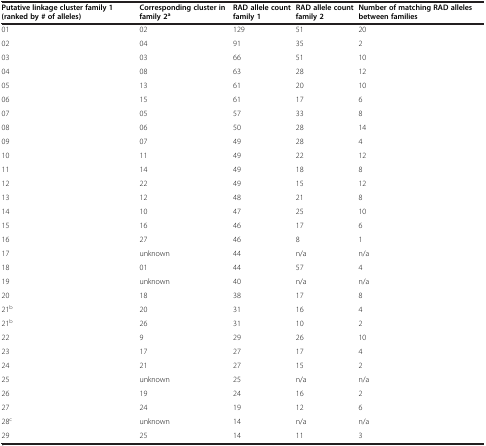
<table><thead><tr><td><b>Putative linkage cluster family 1 (ranked by # of alleles)</b></td><td><b>Corresponding cluster in family 2<sup>a</sup></b></td><td><b>RAD allele count family 1</b></td><td><b>RAD allele count family 2</b></td><td><b>Number of matching RAD alleles between families</b></td></tr></thead><tbody><tr><td>01</td><td>02</td><td>129</td><td>51</td><td>20</td></tr><tr><td>02</td><td>04</td><td>91</td><td>35</td><td>2</td></tr><tr><td>03</td><td>03</td><td>66</td><td>51</td><td>10</td></tr><tr><td>04</td><td>08</td><td>63</td><td>28</td><td>12</td></tr><tr><td>05</td><td>13</td><td>61</td><td>20</td><td>10</td></tr><tr><td>06</td><td>15</td><td>61</td><td>17</td><td>6</td></tr><tr><td>07</td><td>05</td><td>57</td><td>33</td><td>8</td></tr><tr><td>08</td><td>06</td><td>50</td><td>28</td><td>14</td></tr><tr><td>09</td><td>07</td><td>49</td><td>28</td><td>4</td></tr><tr><td>10</td><td>11</td><td>49</td><td>22</td><td>12</td></tr><tr><td>11</td><td>14</td><td>49</td><td>18</td><td>8</td></tr><tr><td>12</td><td>22</td><td>49</td><td>15</td><td>12</td></tr><tr><td>13</td><td>12</td><td>48</td><td>21</td><td>8</td></tr><tr><td>14</td><td>10</td><td>47</td><td>25</td><td>10</td></tr><tr><td>15</td><td>16</td><td>46</td><td>17</td><td>6</td></tr><tr><td>16</td><td>27</td><td>46</td><td>8</td><td>1</td></tr><tr><td>17</td><td>unknown</td><td>44</td><td>n/a</td><td>n/a</td></tr><tr><td>18</td><td>01</td><td>44</td><td>57</td><td>4</td></tr><tr><td>19</td><td>unknown</td><td>40</td><td>n/a</td><td>n/a</td></tr><tr><td>20</td><td>18</td><td>38</td><td>17</td><td>8</td></tr><tr><td>21<sup>b</sup></td><td>20</td><td>31</td><td>16</td><td>4</td></tr><tr><td>21<sup>b</sup></td><td>26</td><td>31</td><td>10</td><td>2</td></tr><tr><td>22</td><td>9</td><td>29</td><td>26</td><td>10</td></tr><tr><td>23</td><td>17</td><td>27</td><td>17</td><td>4</td></tr><tr><td>24</td><td>21</td><td>27</td><td>15</td><td>2</td></tr><tr><td>25</td><td>unknown</td><td>25</td><td>n/a</td><td>n/a</td></tr><tr><td>26</td><td>19</td><td>24</td><td>16</td><td>2</td></tr><tr><td>27</td><td>24</td><td>19</td><td>12</td><td>6</td></tr><tr><td>28<sup>c</sup></td><td>unknown</td><td>14</td><td>n/a</td><td>n/a</td></tr><tr><td>29</td><td>25</td><td>14</td><td>11</td><td>3</td></tr></tbody></table>